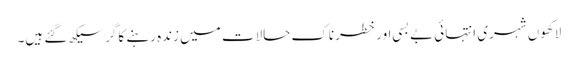
لاکھوں شہری انتہائی بے بسی اور خطرناک حالات میں زندہ رہنے کا گر سیکھ گئے ہیں۔